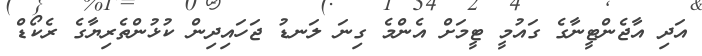
އަދި އާޖެންޓީނާގެ ގައުމީ ޓީމަށް އެންމެ ގިނަ ލަނޑު ޖަހައިދިން ކުޅުންތެރިޔާގެ ރެކޯޑް